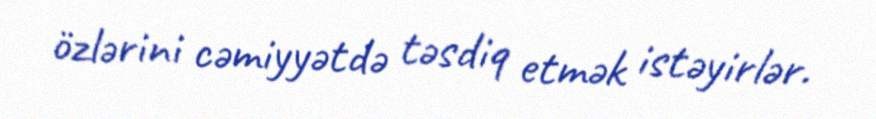
özlərini cəmiyyətdə təsdiq etmək istəyirlər.